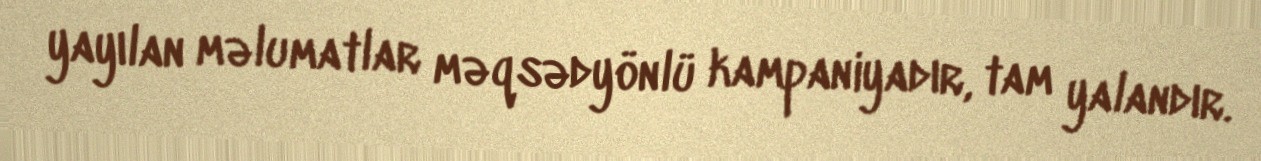
yayılan məlumatlar məqsədyönlü kampaniyadır, tam yalandır.